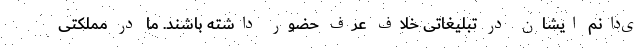
ی‌دانم ایشان در تبلیغاتی خلاف‌ عرف حضور داشته باشند. ما در مملکتی